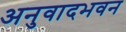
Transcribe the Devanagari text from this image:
अनुवादभवन